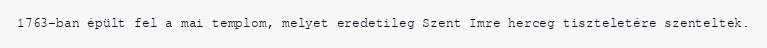
1763-ban épült fel a mai templom, melyet eredetileg Szent Imre herceg tiszteletére szenteltek.